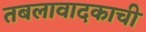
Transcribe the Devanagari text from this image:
तबलावादकाची